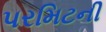
પરમિટની